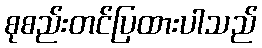
စုစည်းတင်ပြထားပါသည်